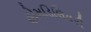
હોમડિલિવરી